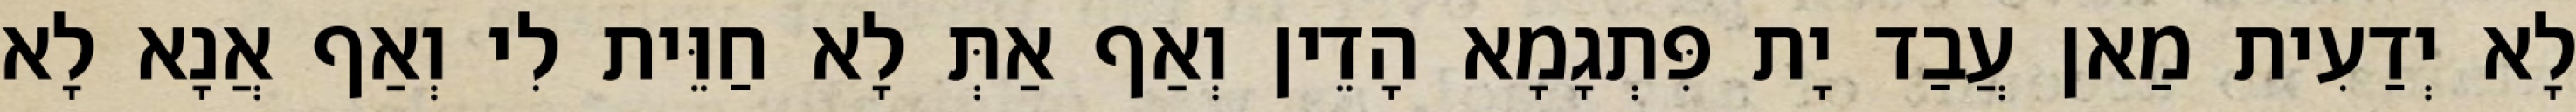
לָא יְדַעִית מַאן עֲבַד יָת פִּתְגָמָא הָדֵין וְאַף אַתְּ לָא חַוֵּית לִי וְאַף אֲנָא לָא